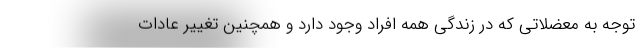
توجه به معضلاتی که در زندگی همه افراد وجود دارد و همچنین تغییر عادات